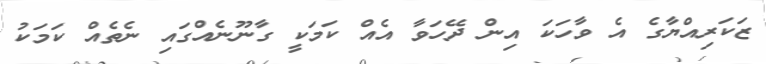
ޒަކަރިއްޔާގެ އެ ވާހަކަ އިން ދޭހަވާ އެއް ކަމަކީ ގާނޫނެއްގައި ނެތެއް ކަމަކު